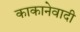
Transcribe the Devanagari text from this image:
काकानेवादी